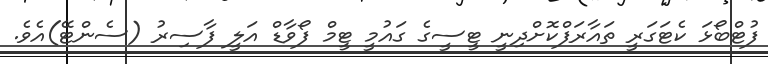
ފުޓްބޯޅަ ކެޓަގަރީ ތައާރަފްކޮށްދިނީ ޓީސީގެ ގައުމީ ޓީމް ފޯވާޑް އަލީ ފާސިރު (ސެންޓޭ)އެވެ.